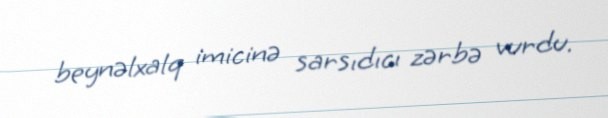
beynəlxalq imicinə sarsıdıcı zərbə vurdu.